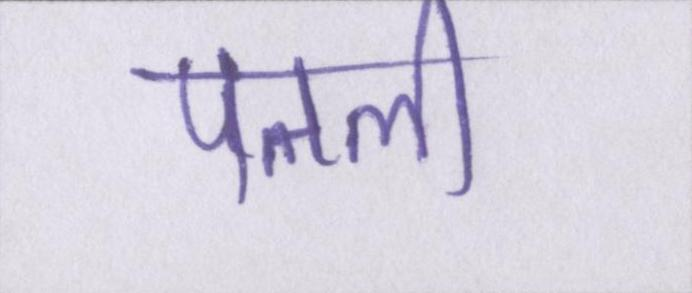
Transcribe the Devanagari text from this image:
पतली